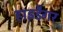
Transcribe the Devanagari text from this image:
हाइडैगर